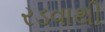
રડવાથી